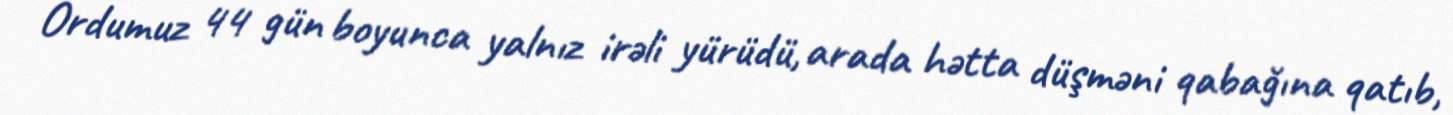
Ordumuz 44 gün boyunca yalnız irəli yürüdü, arada hətta düşməni qabağına qatıb,